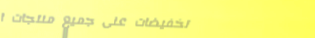
تخفيضات على جميع منتجات ا